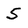
Character: s